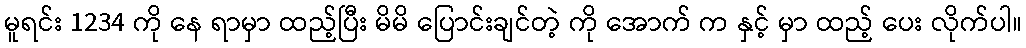
မူရင်း 1234 ကို နေ ရာမှာ ထည့်ပြီး မိမိ ပြောင်းချင်တဲ့ ကို အောက် က နှင့် မှာ ထည့် ပေး လိုက်ပါ။